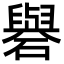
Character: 礜